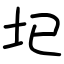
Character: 𡉏